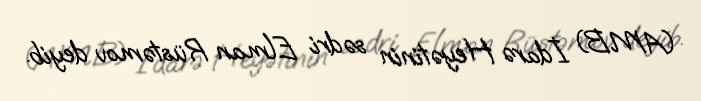
(AMB) İdarə Heyətinin sədri Elman Rüstəmov deyib.